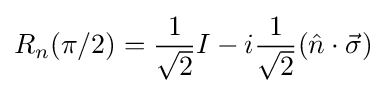
R_{n}(\pi /2)={\frac {1}{\sqrt {2}}}I-i{\frac {1}{\sqrt {2}}}({\hat {n}}\cdot {\vec {\sigma }})